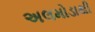
અલમોડાથી